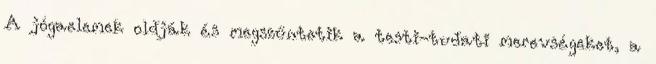
A jógaelemek oldják és megszűntetik a testi-tudati merevségeket, a